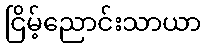
ငြိမ့်ညောင်းသာယာ